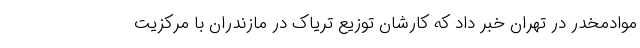
موادمخدر در تهران خبر داد که کارشان توزیع تریاک در مازندران با مرکزیت